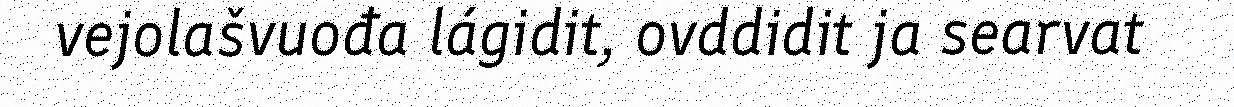
vejolašvuođa lágidit, ovddidit ja searvat